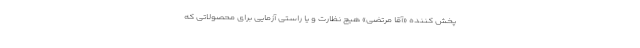
پخش کننده «آقا مرتضی» هیچ نظارت و یا راستی آزمایی برای محصولاتی که